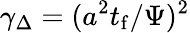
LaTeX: \gamma_{\Delta}=(a^{2}t_{\mathrm{f}}/\Psi)^{2}